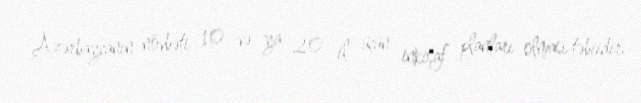
Azərbaycanın növbəti 10 və ya 20 il üçün inkişaf planları olması təbiidir.